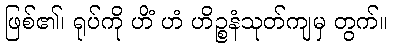
ဖြစ်၏၊ ရုပ်ကို ဟိံ ဟံ ဟိဉ္စနံသုတ်ကျမှ တွက်။